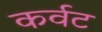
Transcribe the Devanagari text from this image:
कर्वट